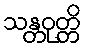
သန္တဝုတ္တိ